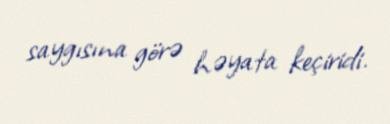
saygısına görə həyata keçiridi.